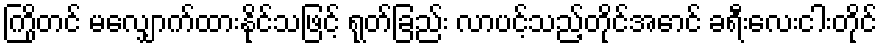
ကြိုတင် မလျှောက်ထားနိုင်သဖြင့် ရုတ်ခြည်း လာပင့်သည့်တိုင်အောင် ခရီးလေးငါးတိုင်